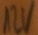
Text: 12V